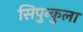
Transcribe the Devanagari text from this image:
सिपुन्कुला